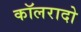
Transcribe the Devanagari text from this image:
कॉलरादो